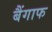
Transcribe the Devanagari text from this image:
बैंगाफ